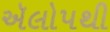
ઍલોપથી